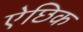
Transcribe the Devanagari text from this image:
ऐछिक